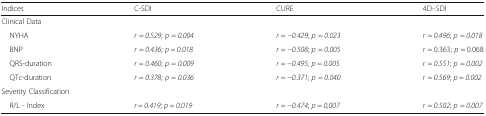
| Indices | C-SDI | CURE | 4D–SDI |
 | --- | --- | --- | --- |
 | <COLSPAN=4> Clinical Data |
 | NYHA | r = 0.529; p = 0.004 | r = −0.429; p = 0.023 | r = 0.496; p = 0.018 |
 | BNP | r = 0.436; p = 0.018 | r = −0.508; p = 0.005 | r = 0.363; p = 0.068 |
 | QRS-duration | r = 0.460; p = 0.009 | r = −0.495; p = 0.005 | r = 0.551; p = 0.002 |
 | QTc-duration | r = 0.378; p = 0.036 | r = −0.371; p = 0.040 | r = 0.569; p = 0.002 |
 | <COLSPAN=4> Severity Classification |
 | R/L - Index | r = 0.419; p = 0.019 | r = −0.474; p = 0,007 | r = 0.502; p = 0.007 |